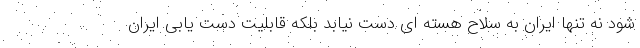
شود نه تنها ایران به سلاح هسته ای دست نیابد بلکه قابلیت دست یابی ایران